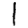
Digit: 1